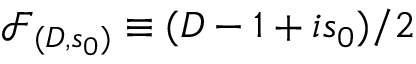
\mathcal { F } _ { ( D , s _ { 0 } ) } \equiv ( D - 1 + i s _ { 0 } ) / 2